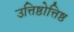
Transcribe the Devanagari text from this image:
उत्तिष्ठोत्तिष्ठ